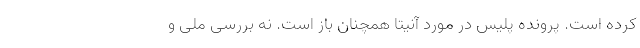
کرده است. پرونده پلیس در مورد آنیتا همچنان باز است. نه بررسی ملی و